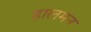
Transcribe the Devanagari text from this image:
हालमन